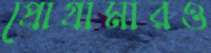
প্রোগ্রামারও